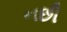
નછી